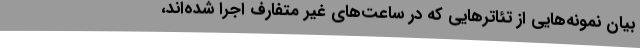
بیان نمونه‌هایی از تئاترهایی که در ساعت‌های غیر متفارف اجرا شده‌اند،